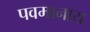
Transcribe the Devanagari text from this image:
पवमानाय